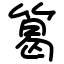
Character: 䈓